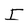
Character: I